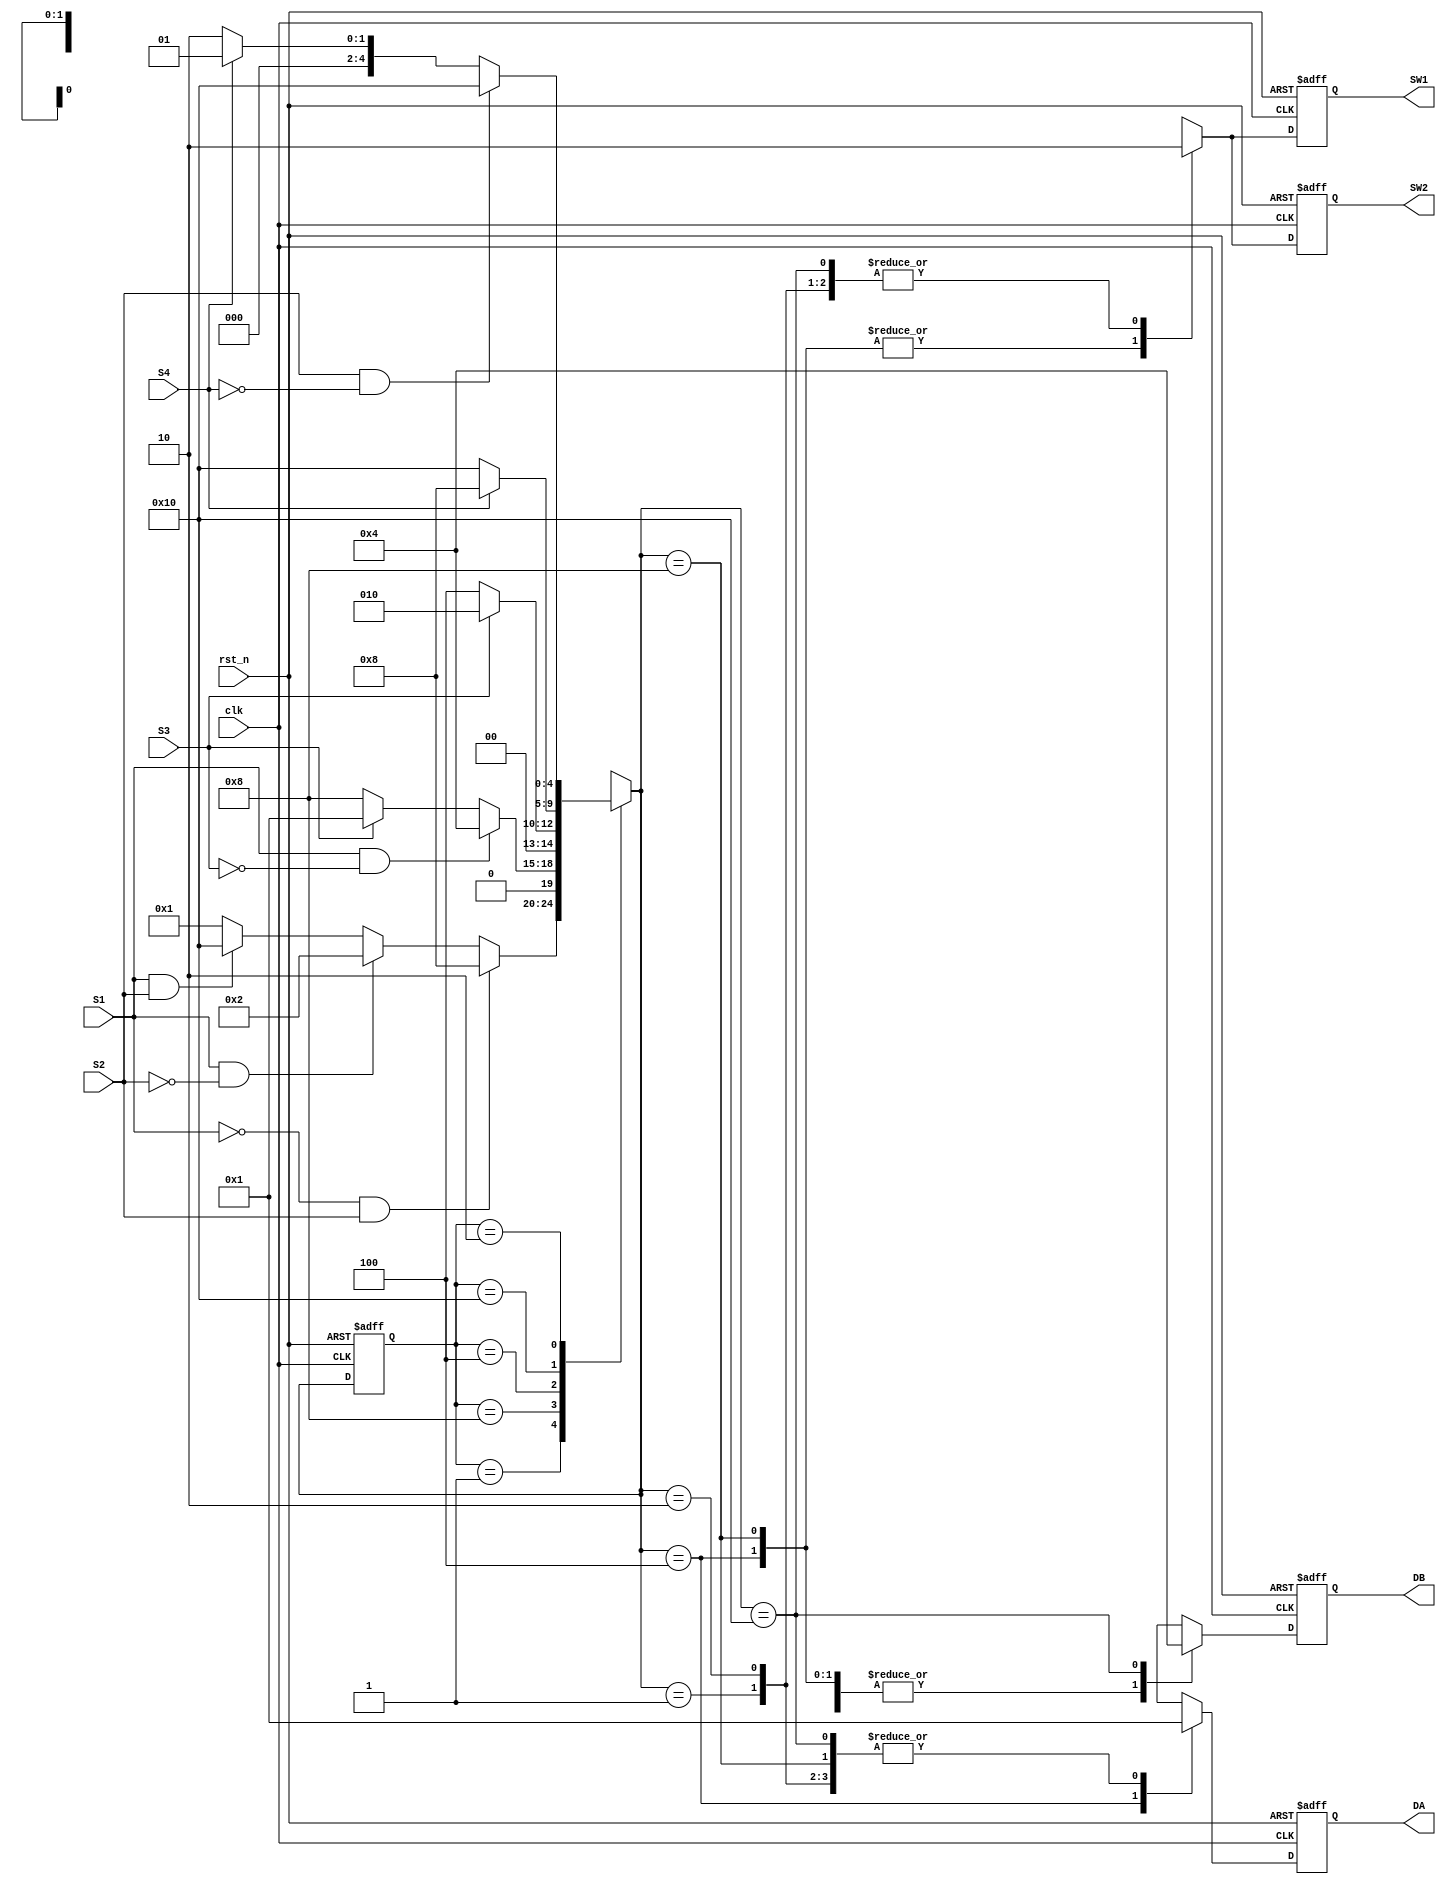
// Design 5-1

module train_controller (clk,
                         rst_n,
                         S1,
                         S2,
                         S3,
                         S4,
                         SW1,
                         SW2,
                         DA,
                         DB);
    
    input clk, rst_n, S1, S2, S3, S4;
    
    output reg SW1, SW2;
    output reg [1:0] DA, DB;
    
    // State reg define
    
    reg [4:0] curr_st;
    reg [4:0] next_st;
    
    // State space define
    
    parameter ABout = 5'b00001 ;
    parameter Ain   = 5'b00010 ;
    parameter Astop = 5'b00100 ;
    parameter Bin   = 5'b01000 ;
    parameter Bstop = 5'b10000 ;
    
    
    // next state generator
    always@(posedge clk or negedge rst_n)
    begin
        if (!rst_n)
            curr_st <= ABout;
        else
            curr_st <= next_st;
    end
    
    
    // next state logic
    always@(*)
    begin
        case (curr_st)
            ABout: begin
                if ((S1 == 0) & (S2 == 1))
                    next_st = Bin;
                else if ((S1 == 1) & (S2 == 0))
                    next_st = Ain;
                else if ((S1 == 1) & (S2 == 1))
                    next_st = Bstop;
                else if ((S1 == 0) & (S2 == 0))
                    next_st = ABout;
                else
                    next_st = ABout;
            end
            Bin: begin
                if ((S1 == 1) & (S3 == 0))
                    next_st = Astop;
                else if (((S1 == 1'b0)|(S1 == 1'b1)) & (S3 == 1))
                    next_st = ABout;
                else if ((S1 == 0) & (S3 == 0))
                    next_st = Bin;
                else
                    next_st = Bin;
            end
            Astop: begin
                if (S3 == 1)
                    next_st = Ain;
                else if (S3 == 0)
                    next_st = Astop;
                else
                    next_st = Astop;
            end
            Bstop: begin
                if (S4 == 1)
                    next_st = Bin;
                else if (S4 == 0)
                    next_st = Bstop;
                else
                    next_st = Bstop;
            end
            Ain: begin
                if ((S2 == 1) & (S4 == 0))
                    next_st = Bstop;
                else if (((S2 == 1'b0)|(S2 == 1'b1)) & (S4 == 1))
                    next_st = ABout;
                else if ((S2 == 0) & (S4 == 0))
                    next_st = Ain;
                else
                    next_st = Ain;
            end
            default: next_st = 5'bXXXXX;
        endcase
        
    end
    
    // output function
    always@(posedge clk or negedge rst_n)
    begin
        if (!rst_n)
        begin
            SW1 <= 0; SW2 <= 0;
            DA  <= 2'b01;
            DB  <= 2'b01;
        end
            /* else if (curr_st == About)
             begin
             SW1 <= 0; SW2 <= 0; SW3 <= 0;
             DA  <= 2'b01;
             DB  <= 2'b01;
             end
             else if (curr_st == Ain)
             begin
             SW1 <= 0; SW2 <= 0; SW3 <= 0;
             DA  <= 2'b01;
             DB  <= 2'b01;
             end
             else if (curr_st == Astop)
             begin
             SW1 <= 1; SW2 <= 1; SW3 <= 0;
             DA  <= 2'b00;
             DB  <= 2'b01;
             end
             else if (curr_st == Bin)
             begin
             SW1 <= 1; SW2 <= 1; SW3 <= 0;
             DA  <= 2'b01;
             DB  <= 2'b01;
             end
             else if (curr_st == Bstop)
             begin
             SW1 <= 0; SW2 <= 0; SW3 <= 0;
             DA  <= 2'b01;
             DB  <= 2'b00;
             end */
        else begin
            case(next_st)
                ABout: begin
                    SW1 <= 0; SW2 <= 0;
                    DA  <= 2'b01;
                    DB  <= 2'b01;
                end
                Ain: begin
                    SW1 <= 0; SW2 <= 0;
                    DA  <= 2'b01;
                    DB  <= 2'b01;
                end
                Astop: begin
                    SW1 <= 1; SW2 <= 1;
                    DA  <= 2'b00;
                    DB  <= 2'b01;
                end
                Bin: begin
                    SW1 <= 1; SW2 <= 1;
                    DA  <= 2'b01;
                    DB  <= 2'b01;
                end
                Bstop: begin
                    SW1 <= 0; SW2 <= 0;
                    DA  <= 2'b01;
                    DB  <= 2'b00;
                end
                default: begin
                    SW1 <= 1'bX; SW2 <= 1'bX;
                    DA  <= 2'bXX;
                    DB  <= 2'bXX;
                end
            endcase
        end
    end
    
endmodule